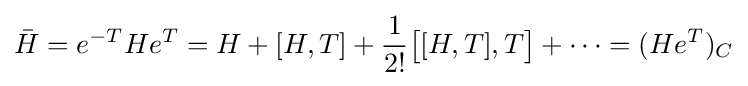
{\bar {H}}=e^{-T}He^{T}=H+[H,T]+{\frac {1}{2!}}{\big [}[H,T],T{\big ]}+\dots =(He^{T})_{C}